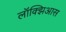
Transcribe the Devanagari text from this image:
लॉक्झिआस